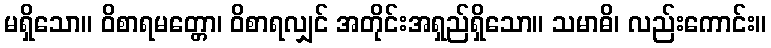
မရှိသော။ ဝိစာရမတ္တော၊ ဝိစာရလျှင် အတိုင်းအရှည်ရှိသော။ သမာဓိ၊ လည်းကောင်း။